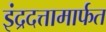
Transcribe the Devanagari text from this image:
इंद्रदत्तामार्फत